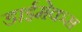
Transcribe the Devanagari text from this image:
डाईमेकस